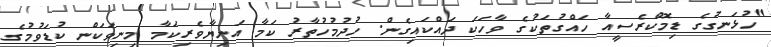
"ހުޅަނގުގެ ޑިމޮކްރެސީއާ ހައްގުތަކުގެ ވާހަކަ ދައްކައިގެން. ހުދުމުހުތާރު ކަމާ އަނިޔާވެރިކަމާ މިނިވަކަން ކުޑަވުމުގެ